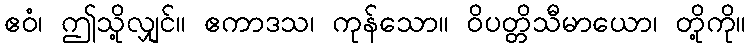
ဧဝံ၊ ဤသို့လျှင်။ ဧကာဒသ၊ ကုန်သော။ ဝိပတ္တိသီမာယော၊ တို့ကို။